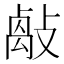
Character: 𢿝